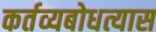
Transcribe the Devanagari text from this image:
कर्तव्यबोधत्यास